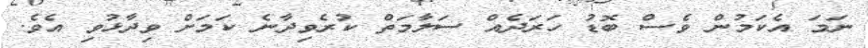
ނަމަ އެކަމުން ވެސް ބޮޑު ހަރަދެއް ސަލާމަތް ކުރެވިދާނެ ކަމަށް ވިދާޅުވި އެވެ.